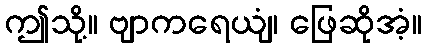
ဤသို့။ ဗျာကရေယျံ၊ ဖြေဆိုအံ့။